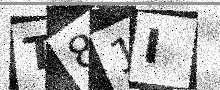
Text: T81I